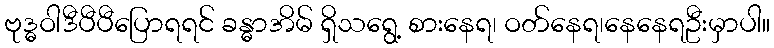
ဗုဒ္ဓဝါဒီပီပီပြောရရင် ခန္ဓာအိမ် ရှိသရွေ့ စားနေရ၊ ဝတ်နေရ၊နေနေရဦးမှာပါ။